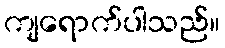
ကျရောက်ပါသည်။